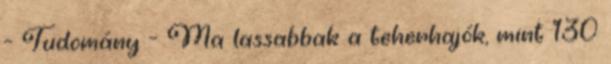
- Tudomány - Ma lassabbak a teherhajók, mint 130